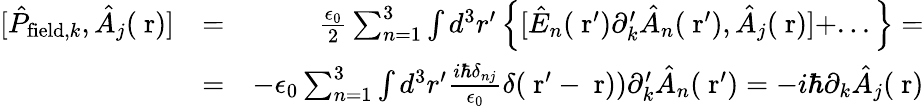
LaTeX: \begin{array}{rlr}{[\hat{P}_{\mathrm{field},k},\hat{A}_{j}(\mathrm{\mathbf~r})]}&{=}&{\frac{\epsilon_{0}}{2}\sum_{n=1}^{3}\int d^{3}r^{\prime}\left\{ [\hat{E}_{n}(\mathrm{\mathbf~r}^{\prime})\partial_{k}^{\prime}\hat{A}_{n}(\mathrm{\mathbf~r}^{\prime}),\hat{A}_{j}(\mathrm{\mathbf~r})]+...\right\} =}\\ &{=}&{-\epsilon_{0}\sum_{n=1}^{3}\int d^{3}r^{\prime}\frac{i\hbar\delta_{nj}}{\epsilon_{0}}\delta(\mathrm{\mathbf~r}^{\prime}-\mathrm{\mathbf~r}))\partial_{k}^{\prime}\hat{A}_{n}(\mathrm{\mathbf~r}^{\prime})=-i\hbar\partial_{k}\hat{A}_{j}(\mathrm{\mathbf~r})}\end{array}